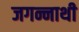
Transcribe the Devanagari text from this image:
जगन्नाथी